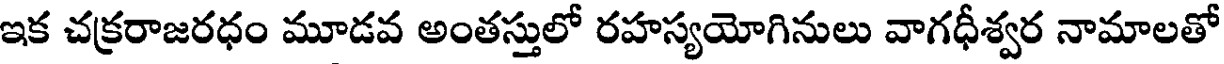
ఇక చక్రరాజరధం మూడవ అంతస్తులో రహస్యయోగినులు వాగధీశ్వర నామాలతో